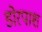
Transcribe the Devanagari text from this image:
डोरपाश